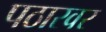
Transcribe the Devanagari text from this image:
पठारवर